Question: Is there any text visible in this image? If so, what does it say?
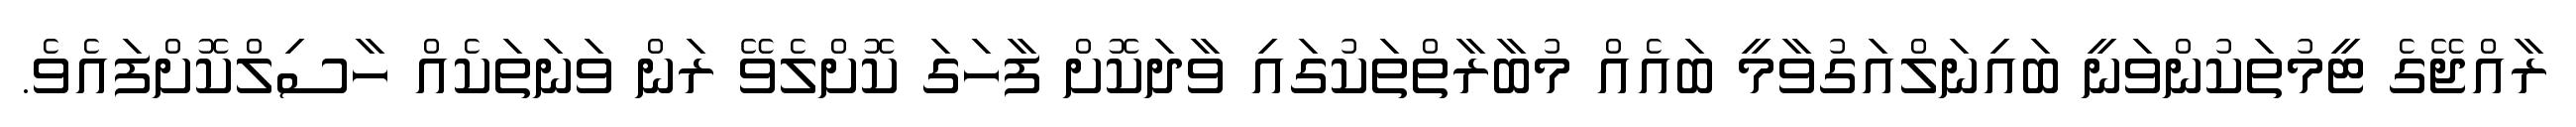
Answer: ރާއްޖޭގެ ޓީމުތަކުންވަނީ ބައިނަލްއަގުވާމީ ބައެއް މުބާރާތްތަކުގައި ވާދަކޮށް ފާހަގަ ކޮށްލެވޭ ރަން ވަނަތަކެއް ހާސިލްކޮށްފައެވެ.